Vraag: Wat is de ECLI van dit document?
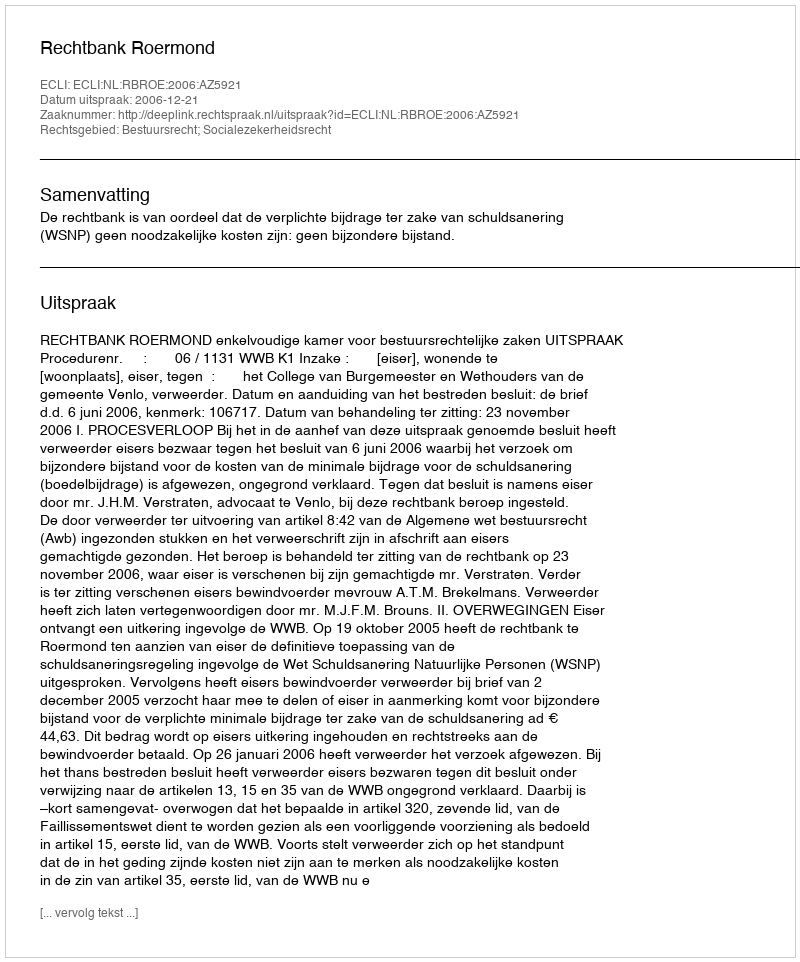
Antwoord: ECLI:NL:RBROE:2006:AZ5921